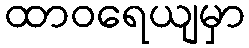
ထာဝရေယျမှာ